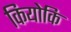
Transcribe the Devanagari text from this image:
कियोकि